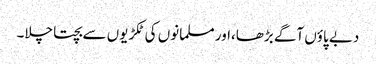
دبے پاؤں آگے بڑھا،اور مسلمانوں کی ٹکڑیوں سے بچتا چلا۔